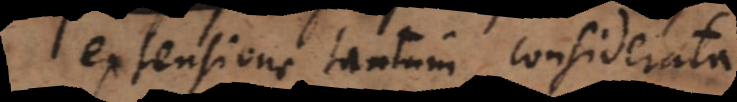
extensione tantum considerata